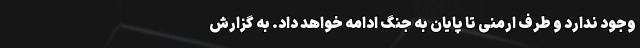
وجود ندارد و طرف ارمنی تا پایان به جنگ ادامه خواهد داد. به گزارش